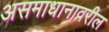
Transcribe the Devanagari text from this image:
असमाधानावरील